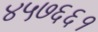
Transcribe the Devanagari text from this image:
४५७६६१